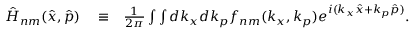
\begin{array} { r l r } { \hat { H } _ { n m } ( \hat { x } , \hat { p } ) } & { { } \equiv } & { \frac { 1 } { 2 \pi } \int \int d k _ { x } d k _ { p } f _ { n m } ( k _ { x } , k _ { p } ) e ^ { i ( k _ { x } \hat { x } + k _ { p } \hat { p } ) } . } \end{array}